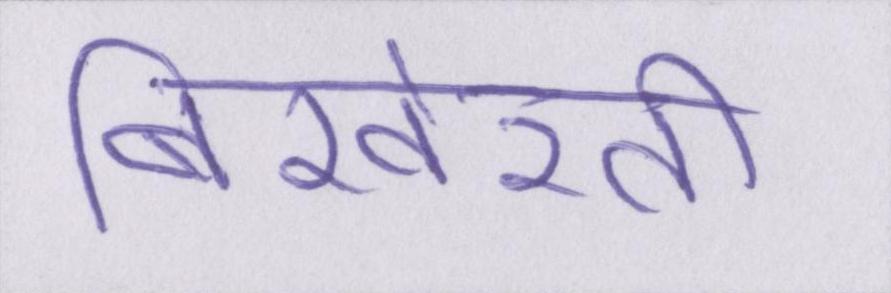
बिखेरती